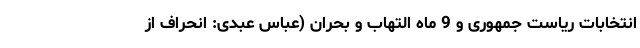
انتخابات ریاست جمهوری و 9 ماه التهاب و بحران (عباس عبدی: انحراف از